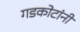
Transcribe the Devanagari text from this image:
गडकोटांनी